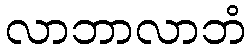
လာဘာလာဘံ